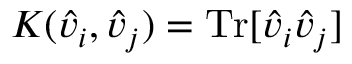
K ( \hat { v } _ { i } , \hat { v } _ { j } ) = \mathrm { T r } [ \hat { v } _ { i } \hat { v } _ { j } ]